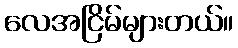
လေအငြိမ်များတယ်။